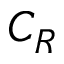
C _ { R }